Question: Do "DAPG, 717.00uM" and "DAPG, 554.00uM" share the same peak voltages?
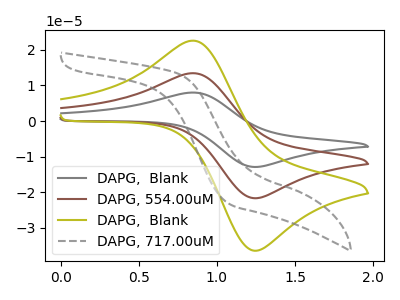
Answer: <think>The gray curve "DAPG,  Blank" has an anodic peak at (0.85V, 26.85uA) and a cathodic peak at (1.25V, -43.20uA). The brown curve "DAPG, 554.00uM" has an anodic peak at (0.85V, 13.45uA) and a cathodic peak at (1.25V, -21.60uA). The olive curve "DAPG,  Blank" has an anodic peak at (0.85V, 22.55uA) and a cathodic peak at (1.25V, -36.30uA). The gray dashed curve "DAPG, 717.00uM" has no peaks.</think>
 <answer>No, "DAPG, 717.00uM" and "DAPG, 554.00uM" have a different number of peaks.</answer>
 <eval>different_amount</eval>